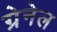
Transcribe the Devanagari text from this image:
ग्रेनेल